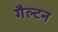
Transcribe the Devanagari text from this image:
गैल्टन